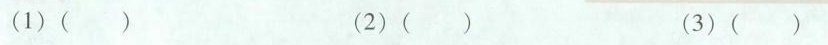
(1)( ) (2)( ) (3)( )